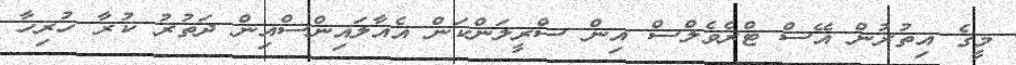
މީގެ އިތުރުން އޭސް ޓްރެވެލްސް އިން ސްރީލަންކަން އެއާލައިންސްއިން ދަތުރު ކުރާ ހުރިހާ